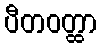
ပီတဝတ္ထာ